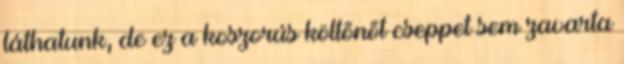
láthatunk, de ez a koszorús költőnőt cseppet sem zavarta